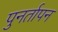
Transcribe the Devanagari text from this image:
पुनर्तापन